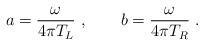
LaTeX: \begin{align*}a = {\omega\over 4\pi T_L}\ , \qquad b = {\omega\over 4\pi T_R}\ .\end{align*}